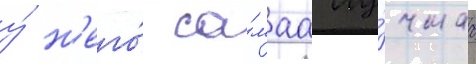
у́ н'его́ са́маа лу́чшаа